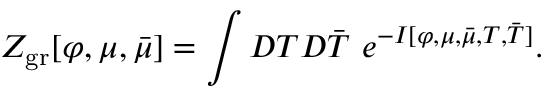
Z _ { \mathrm { g r } } [ \varphi , \mu , \bar { \mu } ] = \int { \cal D } T { \cal D } \bar { T } \, \, e ^ { - I [ \varphi , \mu , \bar { \mu } , T , \bar { T } ] } .